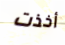
أخذت